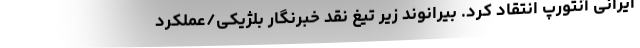
ایرانی آنتورپ انتقاد کرد. بیرانوند زیر تیغ نقد خبرنگار بلژیکی/عملکرد